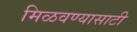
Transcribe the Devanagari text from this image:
मिळवण्यासाटी